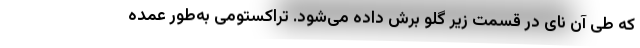
که طی آن نای در قسمت زیر گلو برش داده می‌شود. تراکستومی به‌طور عمده